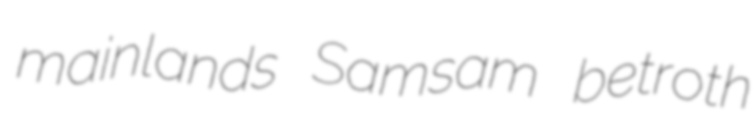
mainlands Samsam betroth